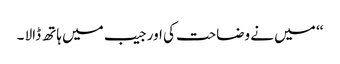
‘‘ میں نے وضاحت کی اور جیب میں ہاتھ ڈالا ۔